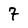
Character: 7